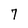
Character: 7